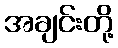
အချင်းတို့